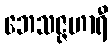
ဘေသဇ္ဇဟာရီ